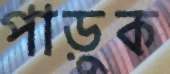
পাড়ুক